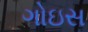
ગોઇસ